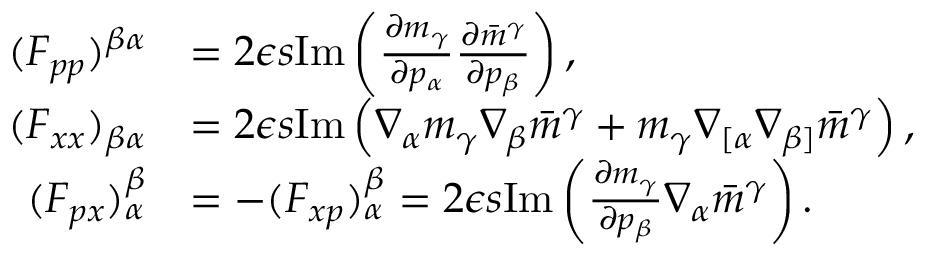
\begin{array} { r l } { ( F _ { p p } ) ^ { \beta \alpha } } & { = 2 \epsilon s \mathrm { I m } \left( \frac { \partial m _ { \gamma } } { \partial p _ { \alpha } } \frac { \partial \bar { m } ^ { \gamma } } { \partial p _ { \beta } } \right) , } \\ { ( F _ { x x } ) _ { \beta \alpha } } & { = 2 \epsilon s \mathrm { I m } \left( \nabla _ { \alpha } m _ { \gamma } \nabla _ { \beta } \bar { m } ^ { \gamma } + m _ { \gamma } \nabla _ { [ \alpha } \nabla _ { \beta ] } \bar { m } ^ { \gamma } \right) , } \\ { ( F _ { p x } ) _ { \alpha } ^ { \beta } } & { = - ( F _ { x p } ) ^ { \beta } _ { \alpha } = 2 \epsilon s \mathrm { I m } \left( \frac { \partial m _ { \gamma } } { \partial p _ { \beta } } \nabla _ { \alpha } \bar { m } ^ { \gamma } \right) . } \end{array}